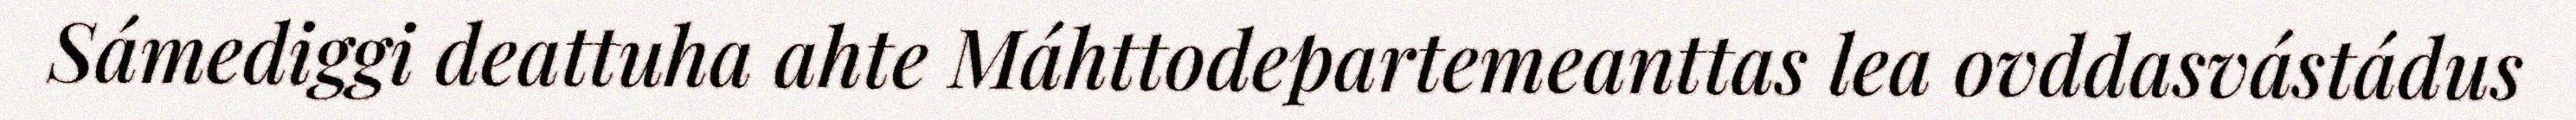
Sámediggi deattuha ahte Máhttodepartemeanttas lea ovddasvástádus